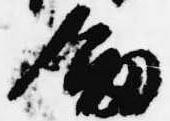
剣